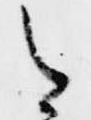
今